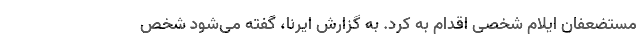
مستضعفان ایلام شخصی اقدام به کرد. به گزارش ایرنا، گفته می‌شود شخص